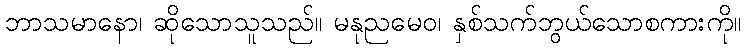
ဘာသမာနော၊ ဆိုသောသူသည်။ မနုညမေဝ၊ နှစ်သက်ဘွယ်သောစကားကို။